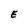
Character: E